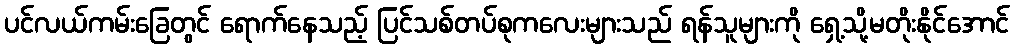
ပင်လယ်ကမ်းခြေတွင် ရောက်နေသည့် ပြင်သစ်တပ်စုကလေးများသည် ရန်သူများကို ရှေ့သို့မတိုးနိုင်အောင်